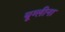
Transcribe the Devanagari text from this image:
यूग्लीना